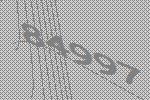
84997